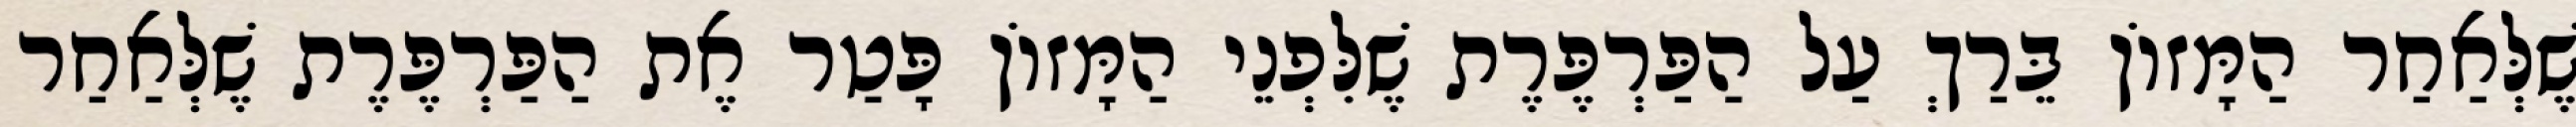
שֶׁלְּאַחַר הַמָּזוֹן בֵּרַךְ עַל הַפַּרְפֶּרֶת שֶׁלִּפְנֵי הַמָּזוֹן פָּטַר אֶת הַפַּרְפֶּרֶת שֶׁלְּאַחַר